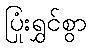
ပြုံးရွှင်စွာ